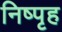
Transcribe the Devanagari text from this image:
निष्पृह